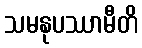
သမနုပဿာမီတိ